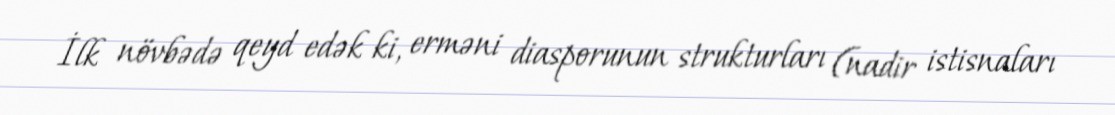
İlk növbədə qeyd edək ki, erməni diasporunun strukturları (nadir istisnaları